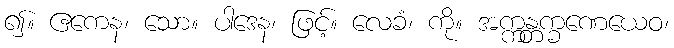
၍။ ဧကေန၊ သော။ ပါဒေန၊ ဖြင့်။ လေခံ၊ ကို။ အက္ကန္တက္ခဏေယေဝ၊